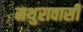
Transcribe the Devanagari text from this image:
मथुरावासी